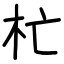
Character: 杧